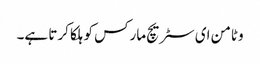
وٹامن ای سٹریچ مارکس کو ہلکا کرتا ہے۔